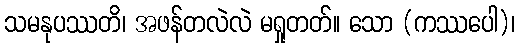
သမနုပဿတိ၊ အဖန်တလဲလဲ မရှုတတ်။ သော (ကဿပေါ)၊